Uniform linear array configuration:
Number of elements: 12
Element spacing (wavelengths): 0.25
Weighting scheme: hamming
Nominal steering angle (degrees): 30
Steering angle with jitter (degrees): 29.042
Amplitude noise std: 0.05
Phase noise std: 0.05

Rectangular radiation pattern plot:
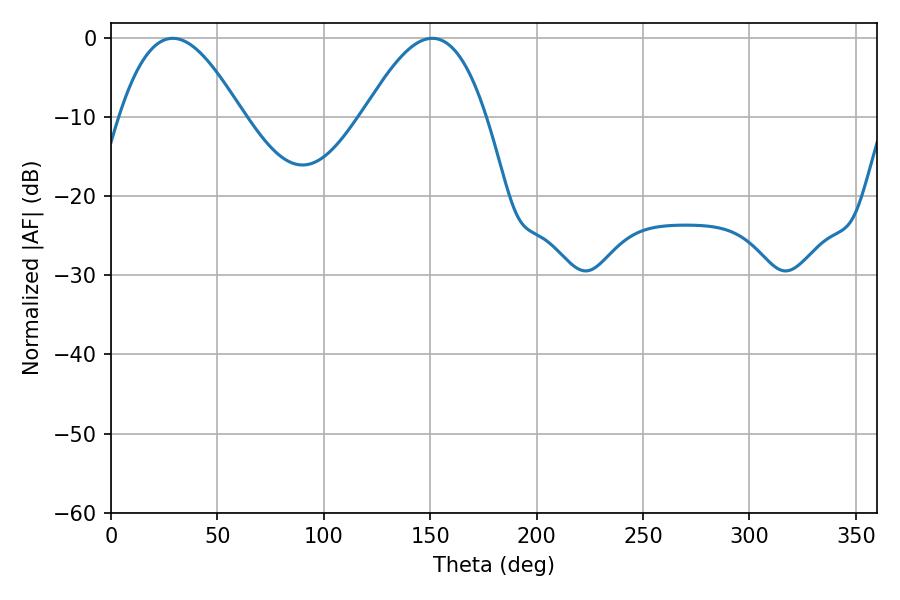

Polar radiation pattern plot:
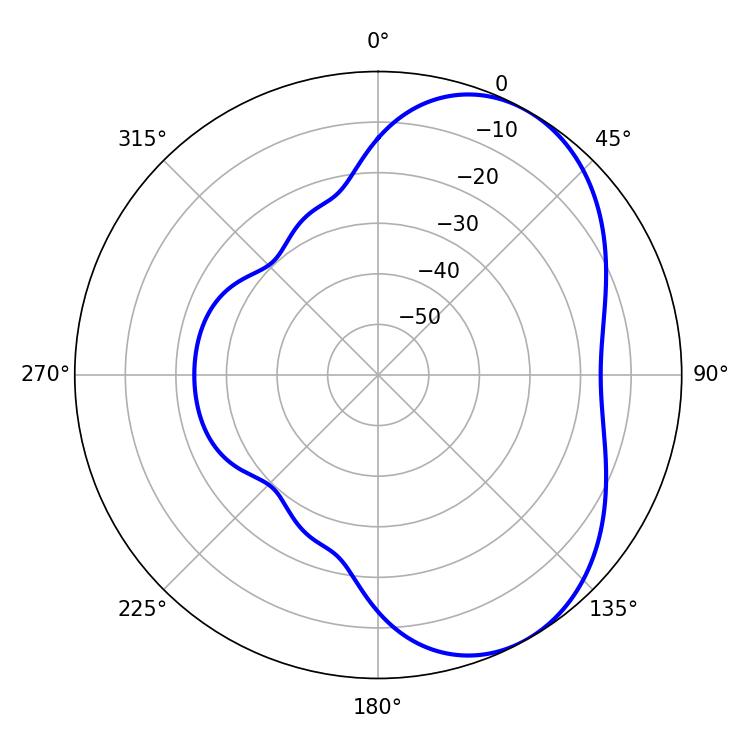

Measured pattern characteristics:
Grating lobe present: FALSE
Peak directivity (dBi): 5.089
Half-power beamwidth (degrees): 31.32
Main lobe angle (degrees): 151.02